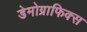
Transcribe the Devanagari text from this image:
डेमोग्राफिक्स